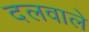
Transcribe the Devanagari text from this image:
दलवाले